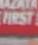
first